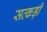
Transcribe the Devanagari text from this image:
सत्कड़ी